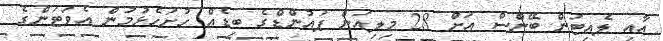
އާއި ލެއިޓަން ބޭންސް އަށް 28 މިލިއަން ޕައުންޑްގެ ބިޑެއް ހުށަހެޅުމުން އެވަޓަންގެ